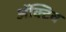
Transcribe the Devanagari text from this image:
ॲक्टिव